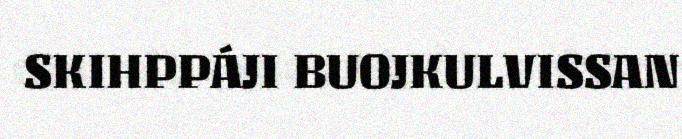
SKIHPPÁJI BUOJKULVISSAN